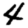
Digit: 4